Jaan_Tonisson_(Lasteleht), lk 274
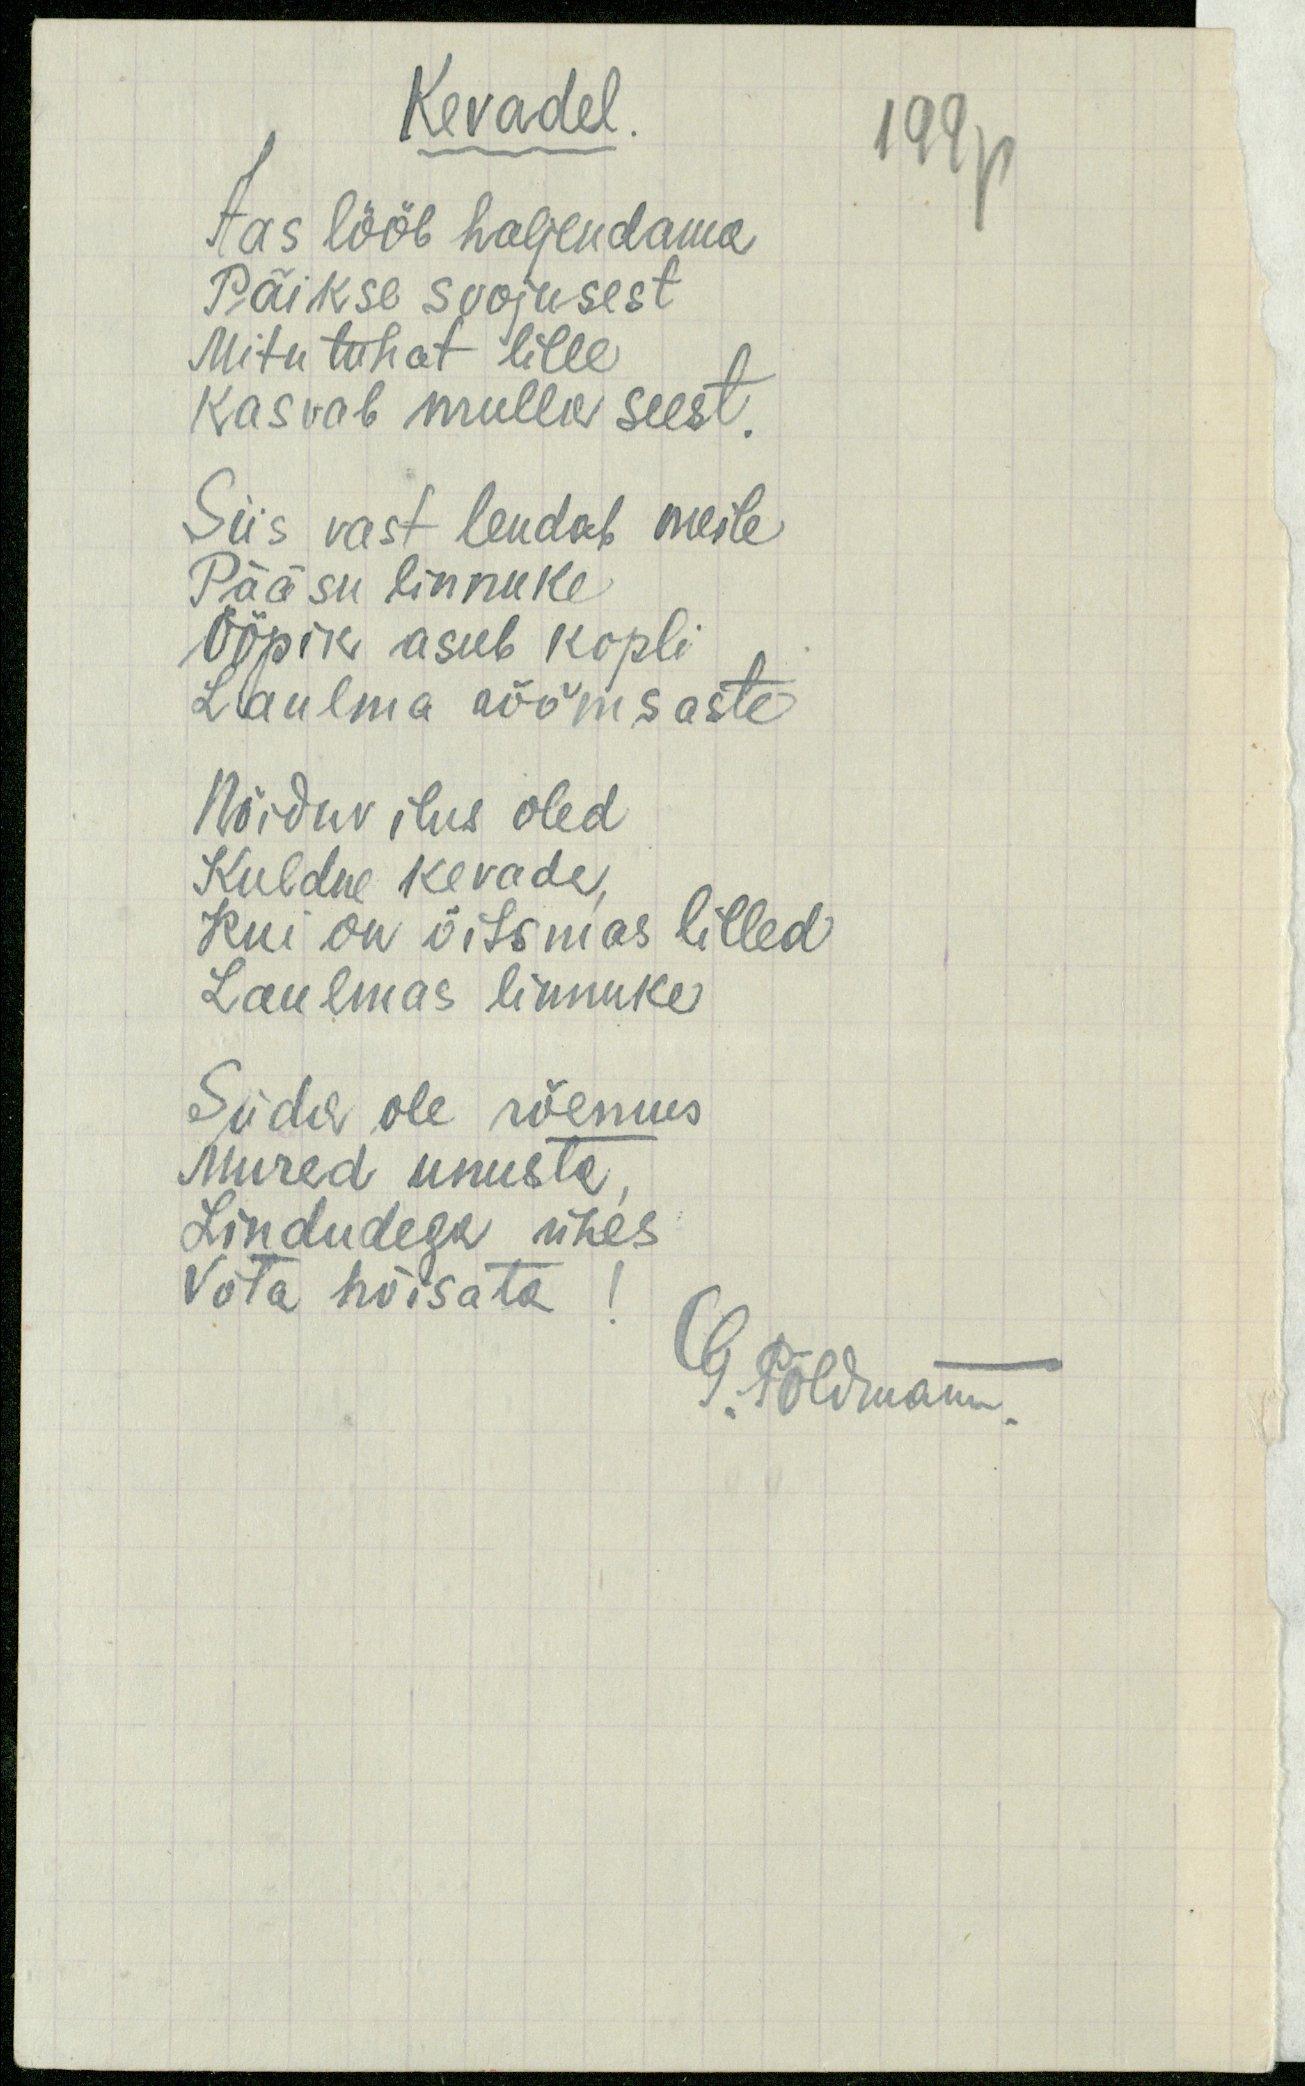
Kevadel
Aas lööb haljendama
199p
Päikse soojusest
Mitu tuhat lille
Kasvab mulla seest.
Siis vast lendab meile
Pääsu linnuke
Ööpik asub kopli
Laulma rõõmsaste
Nõiduv ilus oled
Kuldne kevade,
Kui on õitsmas lilled
Laulmas linnuke
Süda ole rõemus
Mured unusta
Lindudega ühes
Võta hõisata
G. Põldmann